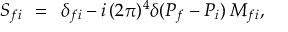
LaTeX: S _ { f i } \: \: = \: \: \delta _ { f i } - i \, ( 2 \pi ) ^ { 4 } \delta ( P _ { f } - P _ { i } ) \: { \cal M } _ { f i } ,